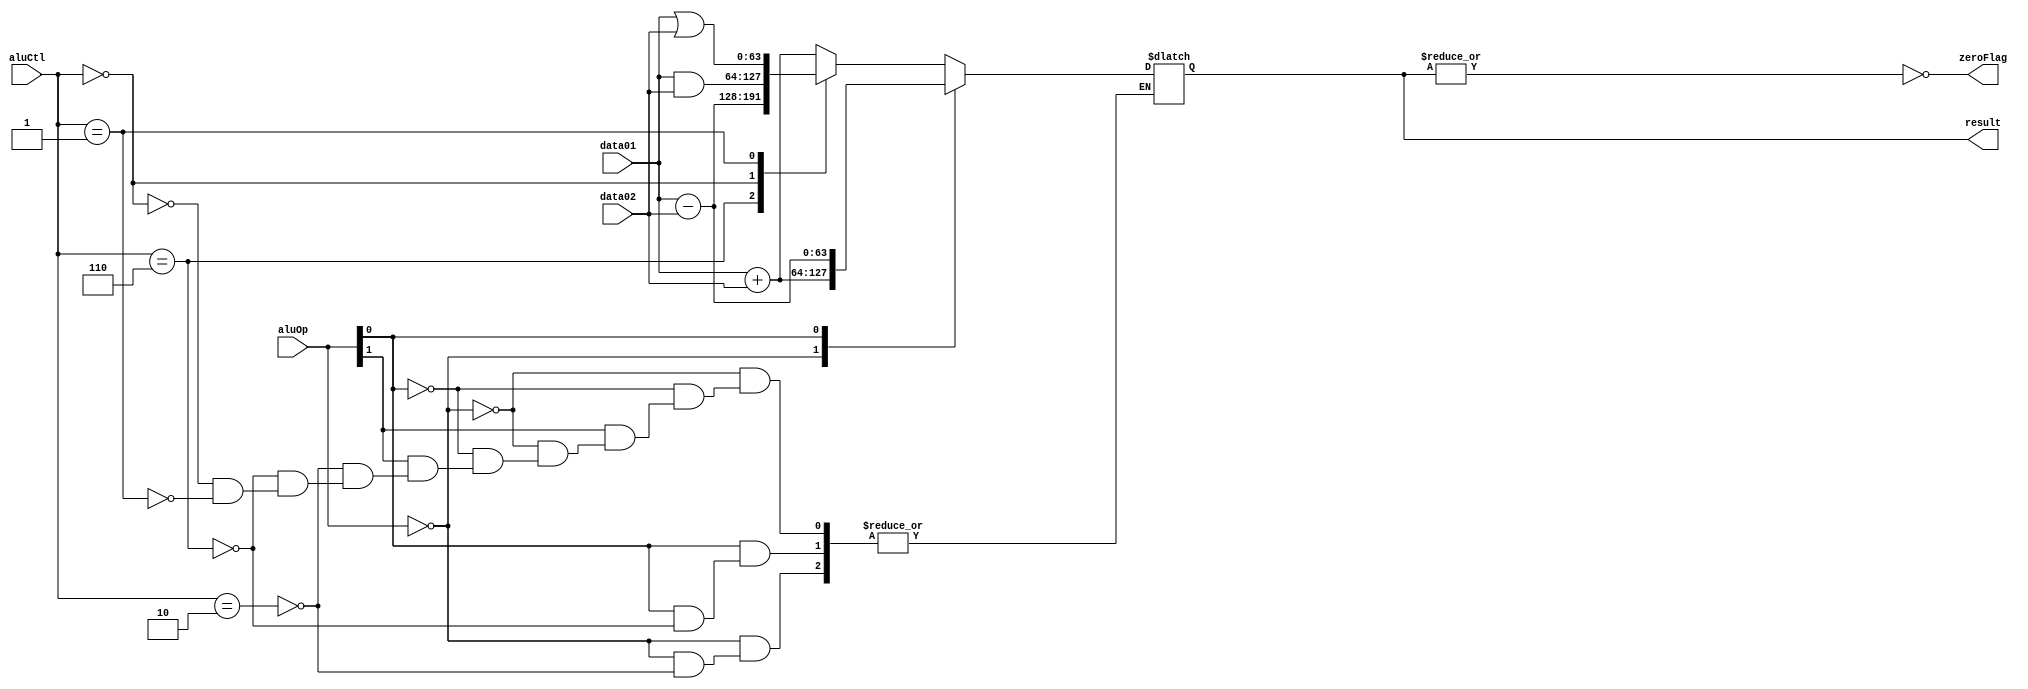
module ALU_Bhv(
    input    wire [63:0]    data01,
    input    wire [63:0]    data02,
    input    wire [3:0]     aluCtl,
    input    wire [1:0]     aluOp,
    output   wire           zeroFlag,
    output   reg  [63:0]    result
     );

parameter loadOrStoreOp = 2'b00,
          branchOp      = 2'bx1,
          rTypeOp       = 2'b1x,
          store         = 4'b0010,
          load          = 4'b0010,
          branchIfEqual = 4'b0110,
          ariAdd        = 4'b0010,
          ariSub        = 4'b0110,
          bitAnd        = 4'b0000,
          bitOr         = 4'b0001;

// Zero flag generator
assign zeroFlag = ~|result;

// ALU instruction class decoding
always @(*)
    casex (aluOp)
        // load and store instruction ALU operation
        loadOrStoreOp : 
                        case (aluCtl)
                            load          : begin
                                            result = data01 + data02;                                      
                                            end
                        endcase
        
        // Branch instruction ALU operation               
        branchOp      : case (aluCtl)
                            branchIfEqual : begin
                                            result = data01 - data02;                                          
                                            end
                        endcase
       
        // Rtype instruction ALU operation
        rTypeOp       : case (aluCtl)
                            ariAdd        : begin
                                            result = data01 + data02;                                           
                                            end
                            ariSub        : begin
                                            result = data01 - data02;
                                            end
                            bitAnd        : begin
                                            result = data01 & data02;
                                            end
                            bitOr         : begin
                                            result = data01 | data02;
                                            end
                        endcase 
        
        // Default case
        default       :    result = 64'dx;
                       
    endcase 
endmodule